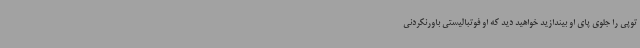
توپی را جلوی پای او بیندازید خواهید دید که او فوتبالیستی باورنکردنی